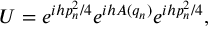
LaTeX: U = e ^ { i h p _ { n } ^ { 2 } / 4 } e ^ { i h A ( q _ { n } ) } e ^ { i h p _ { n } ^ { 2 } / 4 } ,